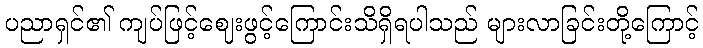
ပညာရှင်၏ ကျပ်ဖြင့်ဈေးဖွင့်ကြောင်းသိရှိရပါသည် များလာခြင်းတို့ကြောင့်